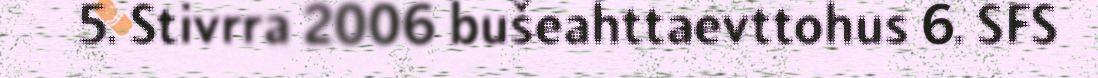
5. Stivrra 2006 bušeahttaevttohus 6. SFS